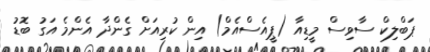
ޕަބްލިކް ސާވިސް މީޑިއާ (ޕީއެސްއެމް) އިން ކުރިއަށް ގެންދާ އެންމެ އަގު ބޮޑު